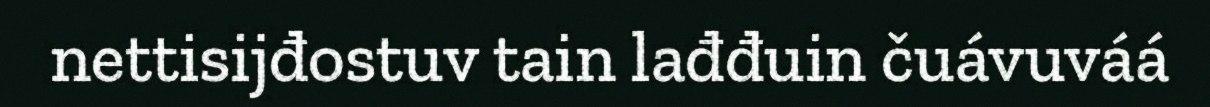
nettisijđostuv tain lađđuin čuávuváá